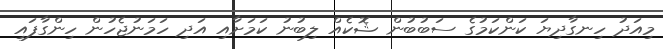
މިއަދު ހިނގާދިޔަ ކަންކަމުގެ ސަބުބުން ޝޮކެއް ލިބުނު ކަމަށާއި އަދި ހަމަނުޖެހުން ހިންގާފައި